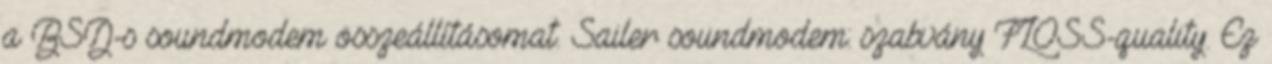
a BSD-s soundmodem összeállításomat. Sailer soundmodem: szabvány FLOSS-quality. Ez